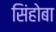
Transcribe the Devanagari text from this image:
सिंहोबा